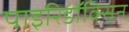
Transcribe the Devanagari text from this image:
पाइरिडॉक्सिन